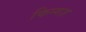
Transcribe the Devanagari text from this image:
फिन्गज़